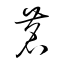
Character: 茗